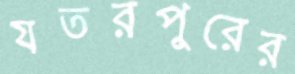
যতরপুরের